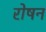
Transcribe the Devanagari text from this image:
रोषन